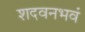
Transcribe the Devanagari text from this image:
शदवनभवं